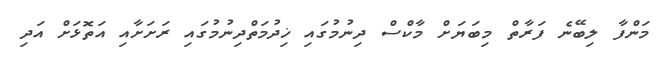
މަންފާ ލިބޭނެ ފަރާތް މިބަޔަށް މާކްސް ދިނުމުގައި ޚިދުމަތްދިނުމުގައި ރަށަށާއި އަތޮޅަށް އަދި